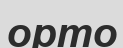
орто